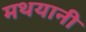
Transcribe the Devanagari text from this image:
मथयानी